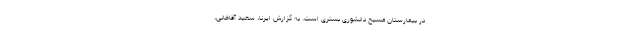
در بیمارستان مسیح دانشوری بستری است. به گزارش ایرنا، سعید آقاخانی،